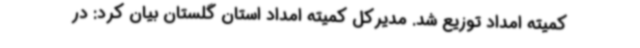
کمیته امداد توزیع شد. مدیرکل کمیته امداد استان گلستان بیان کرد: در